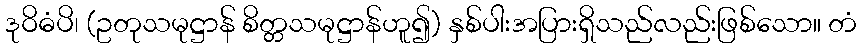
ဒုဝိဓံပိ၊ (ဥတုသမုဋ္ဌာန် စိတ္တသမုဋ္ဌာန်ဟူ၍) နှစ်ပါးအပြားရှိသည်လည်းဖြစ်သော။ တံ